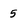
Character: 5